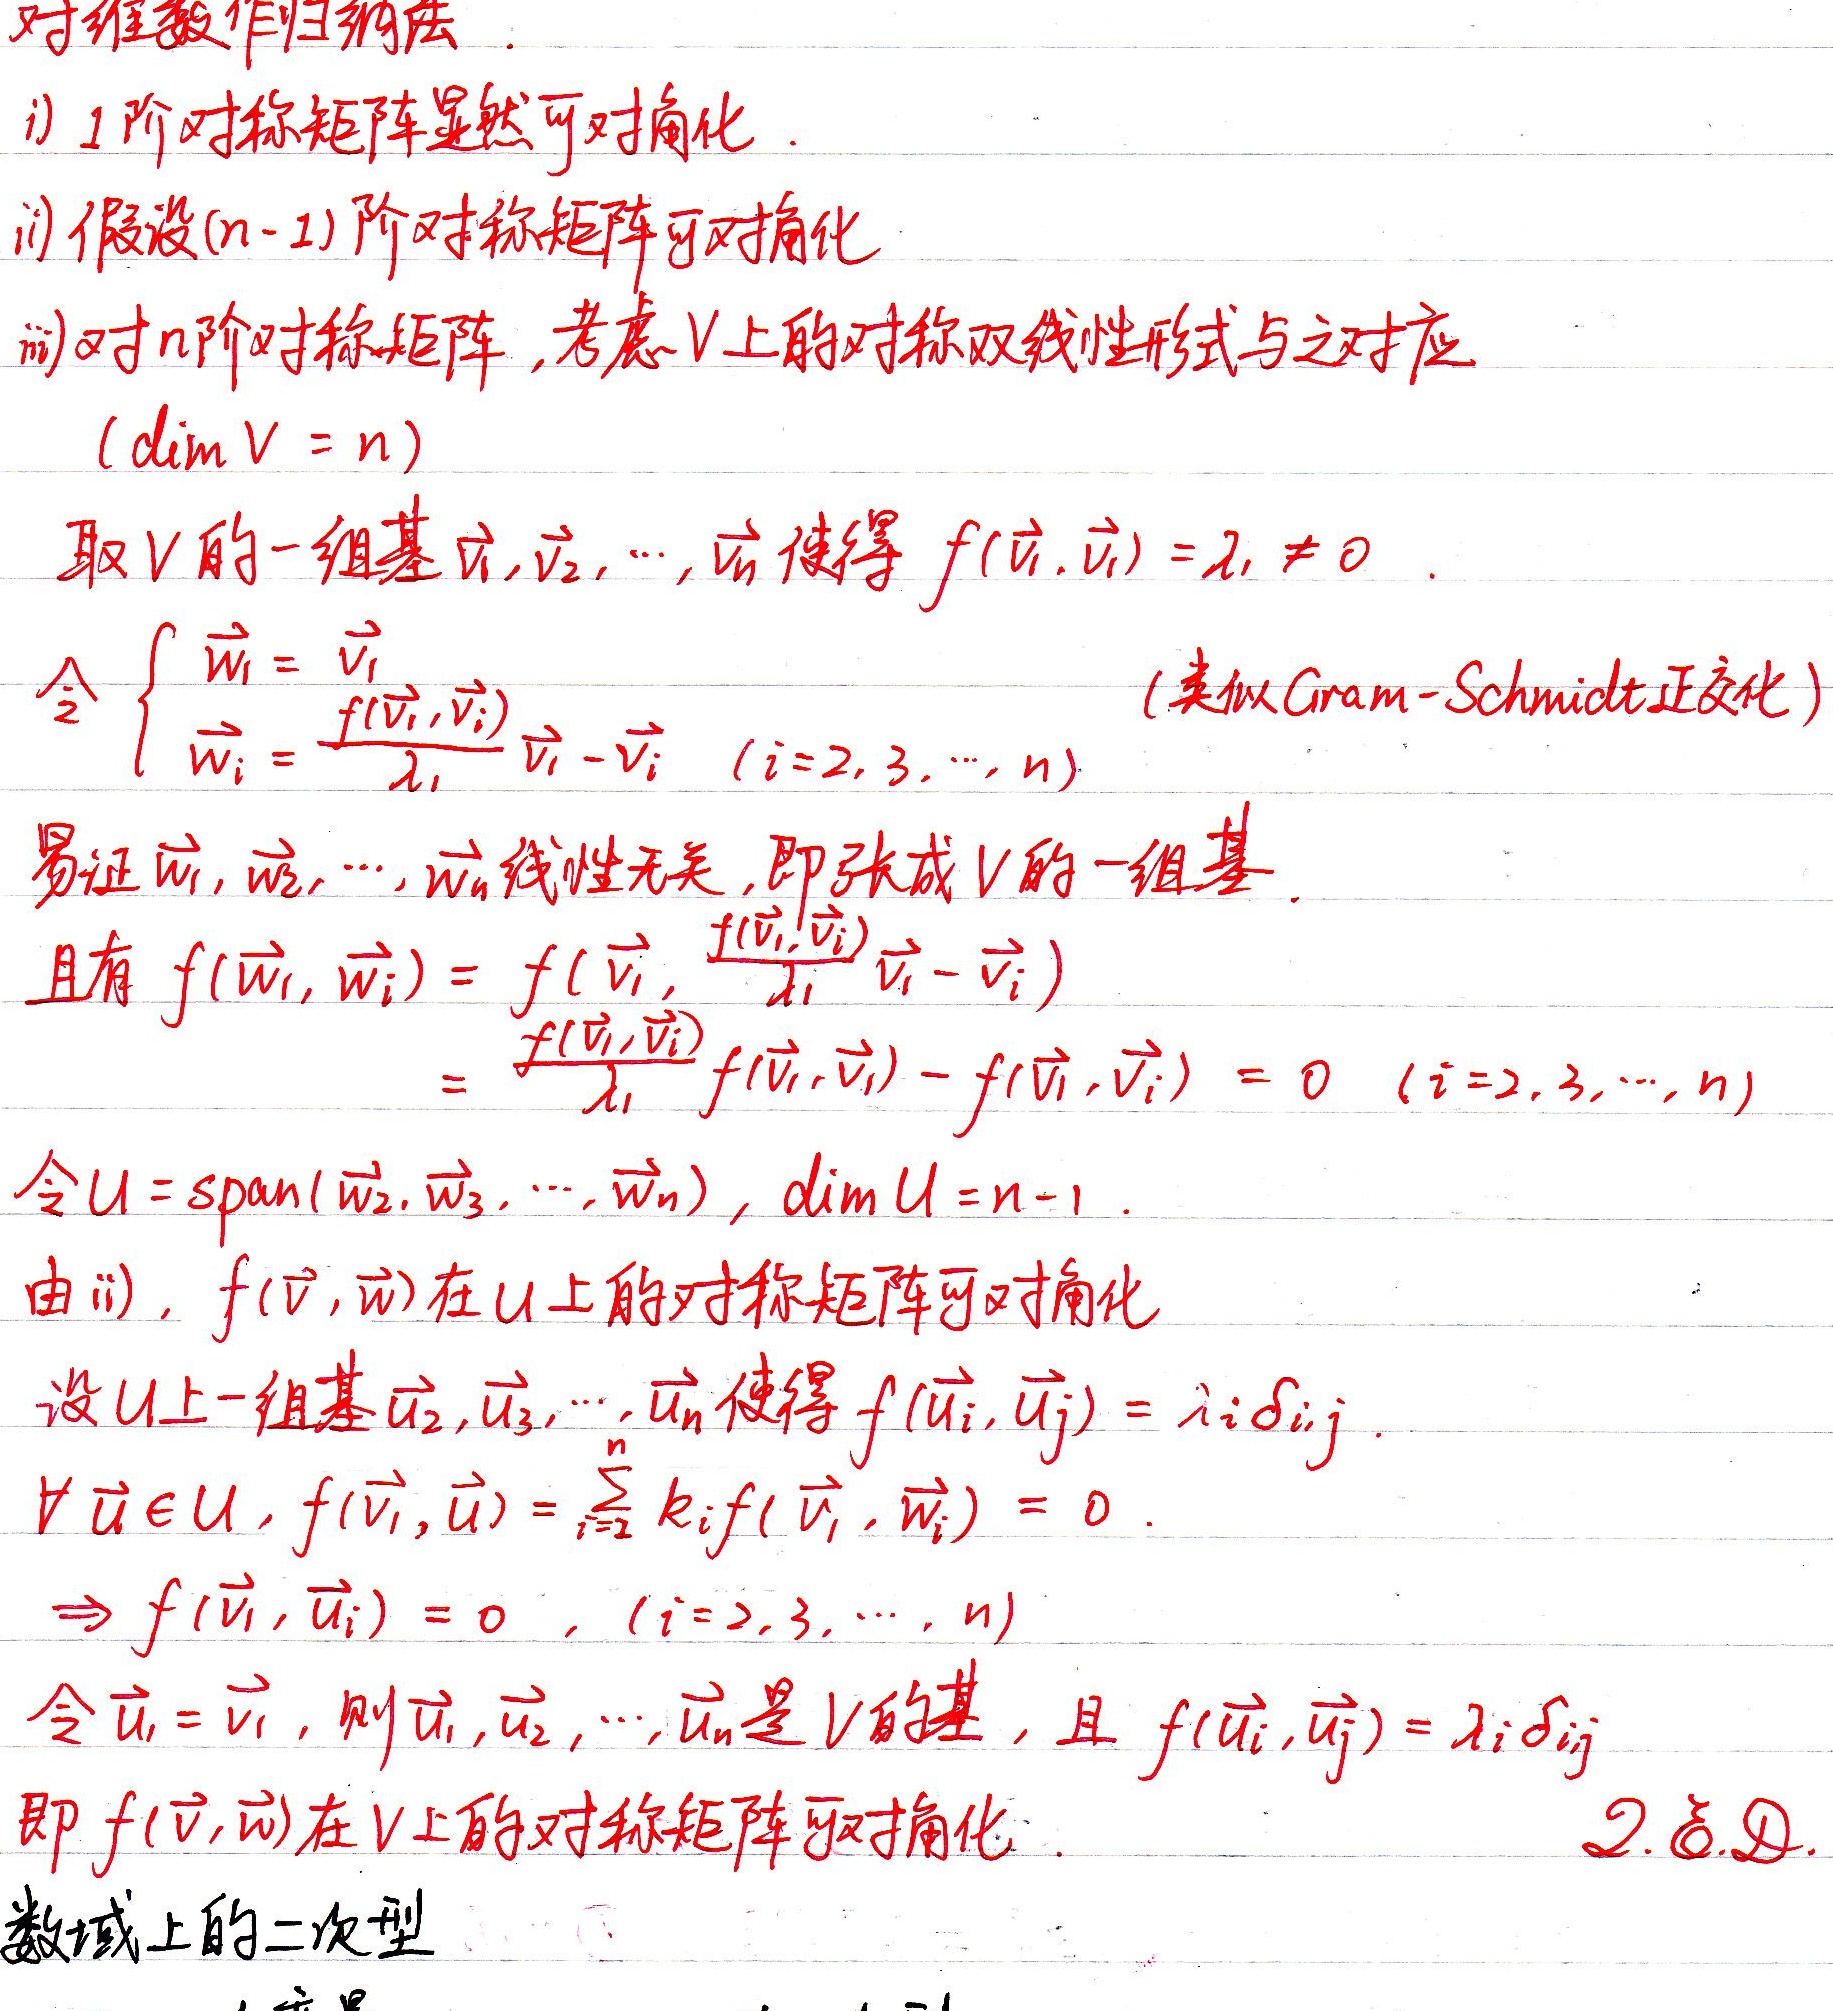
对维数作归纳法。
i) \(1\)阶对称矩阵显然可对角化。
ii) 假设\((n - 1)\)阶对称矩阵可对角化。
iii) 对\(n\)阶对称矩阵，考虑\(V\)上的对称双线性形式与之对应（\(\dim V = n\)）。取\(V\)的一组基\(\vec{v}_1,\vec{v}_2,\cdots,\vec{v}_n\)使得\(f(\vec{v}_1,\vec{v}_1)=\lambda_1\neq0\)。令
\(\begin{cases}
\vec{w}_1 = \vec{v}_1\\
\vec{w}_i=\frac{f(\vec{v}_i,\vec{v}_1)}{\lambda_1}\vec{v}_1 - \vec{v}_i\quad(i = 2,3,\cdots,n)
\end{cases}\)（类似 Gram - Schmidt 正交化）。
易证\(\vec{w}_1,\vec{w}_2,\cdots,\vec{w}_n\)线性无关，即张成\(V\)的一组基。且有
\(f(\vec{w}_1,\vec{w}_i)=f(\vec{v}_1,\frac{f(\vec{v}_i,\vec{v}_1)}{\lambda_1}\vec{v}_1 - \vec{v}_i)\)
\(=\frac{f(\vec{v}_i,\vec{v}_1)}{\lambda_1}f(\vec{v}_1,\vec{v}_1)-f(\vec{v}_1,\vec{v}_i)=0\quad(i = 2,3,\cdots,n)\)
令\(U = \text{span}(\vec{w}_2,\vec{w}_3,\cdots,\vec{w}_n)\)，\(\dim U = n - 1\)。由 ii)，\(f(\vec{v},\vec{w})\)在\(U\)上的对称矩阵可对角化。设\(U\)上一组基\(\vec{u}_2,\vec{u}_3,\cdots,\vec{u}_n\)使得\(f(\vec{u}_i,\vec{u}_j)=\lambda_i\delta_{ij}\)。\(\forall\vec{u}\in U\)，\(f(\vec{v}_1,\vec{u})=\sum_{i = 2}^{n}k_if(\vec{v}_1,\vec{w}_i)=0\)。\(\Rightarrow f(\vec{v}_1,\vec{v}_i)=0\)，\((i = 2,3,\cdots,n)\)
令\(\vec{u}_1=\vec{v}_1\)，则\(\vec{u}_1,\vec{u}_2,\cdots,\vec{u}_n\)是\(V\)的基，且\(f(\vec{u}_i,\vec{u}_j)=\lambda_i\delta_{ij}\)即\(f(\vec{v},\vec{w})\)在\(V\)上的对称矩阵可对角化。

2. \(\text{Q.E.D.}\)数域上的二次型